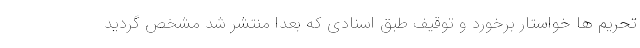
تحریم ها خواستار برخورد و توقیف طبق اسنادی که بعدا منتشر شد مشخص گردید